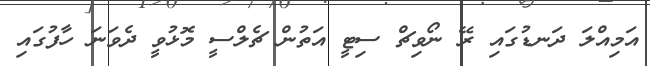
އަމިއްލަ ދަނޑުގައި ރޭ ނޯވިޗް ސިޓީ އަތުން ޗެލްސީ މޮޅުވީ ދެވަނަ ހާފުގައި